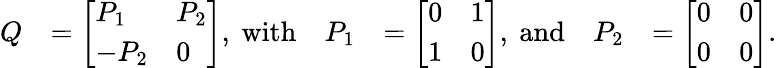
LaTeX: \begin{array}{rlrlrl}{Q}&{=\left[\begin{array}{ll}{P_{1}}&{P_{2}}\\ {-P_{2}}&{0}\end{array}\right],\mathrm{~with}}&{P_{1}}&{=\left[\begin{array}{ll}{0}&{1}\\ {1}&{0}\end{array}\right],\mathrm{~and}}&{P_{2}}&{=\left[\begin{array}{ll}{0}&{0}\\ {0}&{0}\end{array}\right].}\end{array}